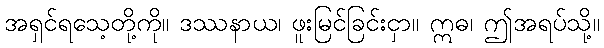
အရှင်ရသေ့တို့ကို။ ဒဿနာယ၊ ဖူးမြင်ခြင်းငှာ။ ဣဓ၊ ဤအရပ်သို့။